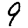
Digit: 9